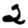
Digit: 2